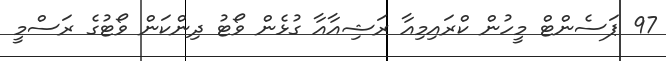
97 ޕަސެންޓް މީހުން ކްރައިމިއާ ރަޝިއާއާ ގުޅެން ވޯޓު ދިންކަން ވޯޓުގެ ރަސްމީ